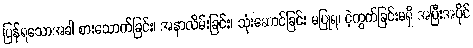
ပြန်ရသောအခါ စားသောက်ခြင်း၊ အနာလိမ်းခြင်း၊ သုံးဆောင်ခြင်း မပြုရ၊ ငဲ့ကွက်ခြင်းမရှိ အပြီးအပိုင်